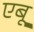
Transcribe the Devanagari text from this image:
एबू